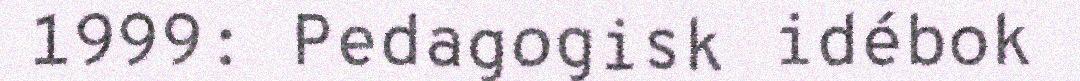
1999: Pedagogisk idébok